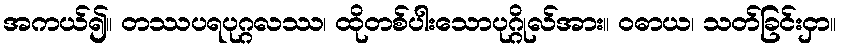
အကယ်၍။ တဿပရပုဂ္ဂလဿ၊ ထိုတစ်ပါးသောပုဂ္ဂိုလ်အား။ ဝဓာယ၊ သတ်ခြင်းငှာ။